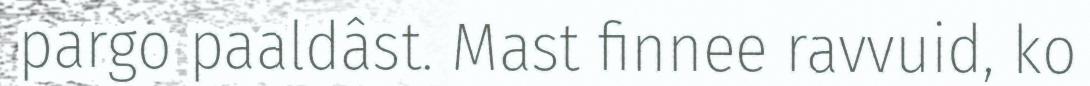
pargo paaldâst. Mast finnee ravvuid, ko